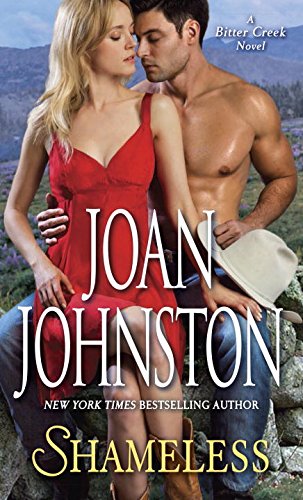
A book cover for Shameless: A Bitter Creek Novel; Joan Johnston; Romance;